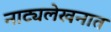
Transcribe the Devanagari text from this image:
नाट्यलेखनात